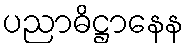
ပညာဓိဋ္ဌာနေန